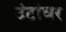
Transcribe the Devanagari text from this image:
उंटांवर